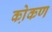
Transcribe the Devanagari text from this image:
को़कण